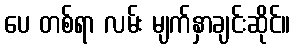
ပေ တစ်ရာ လမ်း မျက်နှာချင်းဆိုင်။